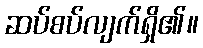
ဆပ်စပ်လျက်ရှိ၏။